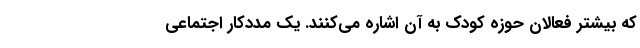
که بیشتر فعالان حوزه‌ کودک به آن اشاره می‌کنند. یک مددکار اجتماعی